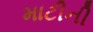
માટીની